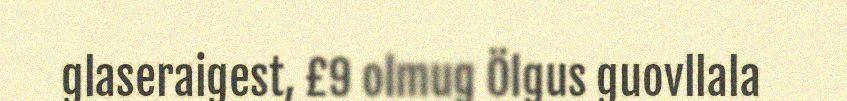
glaseraigest, £9 olmug Ölgus guovllala